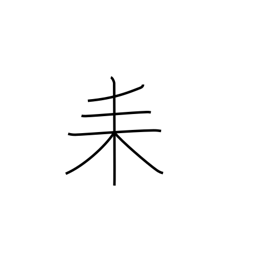
Meaning: three-branch tree radical (no. 127)